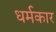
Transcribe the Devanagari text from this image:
धर्मकार